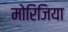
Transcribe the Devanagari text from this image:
मोरिजिया